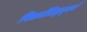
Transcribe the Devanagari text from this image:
पितर्मरित्ज़्बर्ग